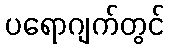
ပရောဂျက်တွင်